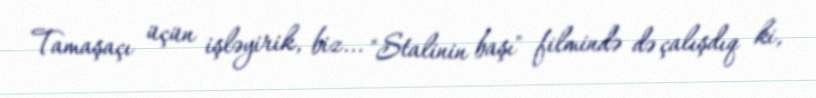
Tamaşaçı üçün işləyirik, biz... "Stalinin başı" filmində də çalışdıq ki,